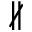
\nparallel